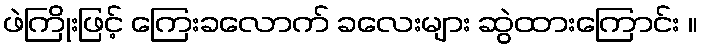
ဖဲကြိုးဖြင့် ကြေးခလောက် ခလေးများ ဆွဲထားကြောင်း ။